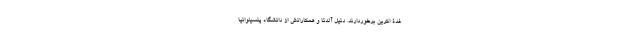
غدۀ اکرین برخوردارند. دنیل آلدئا و همکارانش از دانشگاه پنسیلوانیا